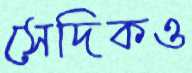
সেদিকও